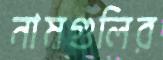
নামগুলির